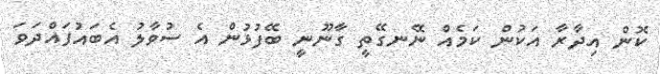
ކޮން އިދާރާ އަކުން ކަމެއް ނޭނގޭތީ ގާނޫނީ ބޭފުޅުން އެ ސުވާލު އެބައުފައްދަވަ